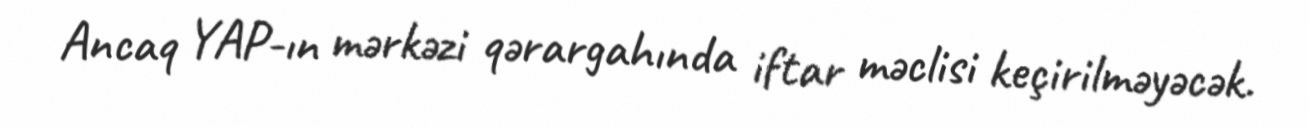
Ancaq YAP-ın mərkəzi qərargahında iftar məclisi keçirilməyəcək.